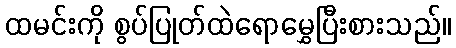
ထမင်းကို စွပ်ပြုတ်ထဲရောမွှေပြီးစားသည်။